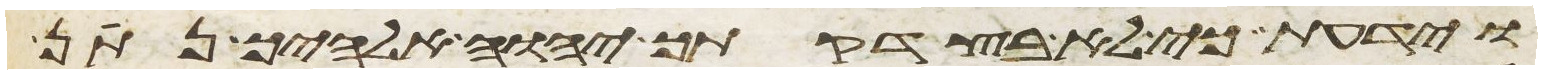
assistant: וידעת כי לא בצדקתך יהוה אלהיך נתן